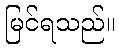
မြင်ရသည်။